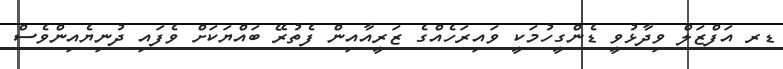
ޑރ އަފްޒަލް ވިދާޅުވީ ޑެންގީހުމަކީ ވައިރަހެއްގެ ޒަރީއާއިން ފެތުރޭ ބައްޔަކަށް ވެފައި ދުނިޔެއިންވެސް